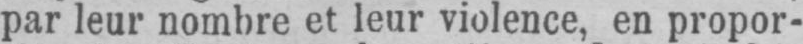
par leur nombre et leur violence, en propor-